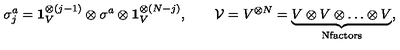
\sigma _ { j } ^ { a } = \mathbf { 1 } _ { V } ^ { \otimes ( j - 1 ) } \otimes \sigma _ { } ^ { a } \otimes \mathbf { 1 } _ { V } ^ { \otimes ( N - j ) } , \qquad { \cal V } = V ^ { \otimes N } = \underbrace { V \otimes V \otimes \ldots \otimes V } _ { \mathrm { N f a c t o r s } } ,